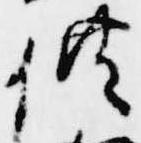
供